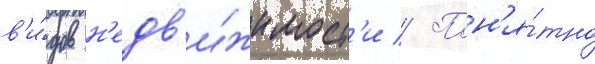
в'и́дов н'едв'и́жимост'и // Пон'я́тно